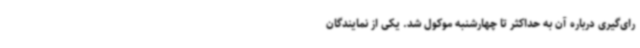
رای‌گیری درباره آن به حداکثر تا چهارشنبه موکول شد. یکی از نمایندگان